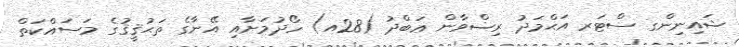
ޝައިނިންގ ސްޓަރ އަޙްމަދު ރިޟްވާން ޢަބްދު (28އ) ހޯދުމަށާއި އޭނާގެ ތަޙުޤީޤުގެ މަސައްކަތް